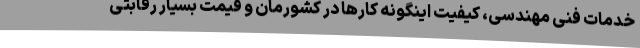
خدمات فنی مهندسی، کیفیت اینگونه کارها در کشورمان و قیمت بسیار رقابتی